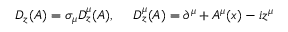
D _ { z } ( A ) = \sigma _ { \mu } D _ { z } ^ { \mu } ( A ) , ~ ~ ~ ~ D _ { z } ^ { \mu } ( A ) = \partial ^ { \mu } + A ^ { \mu } ( x ) - i z ^ { \mu }